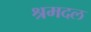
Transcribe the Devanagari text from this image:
श्रमदल